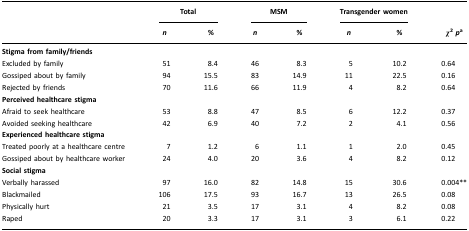
|  | <COLSPAN=2> Total | <COLSPAN=2> MSM | <COLSPAN=2> Transgender women |  |
 |  | n | % | n | % | n | % | χ2pa |
 | --- | --- | --- | --- | --- | --- | --- | --- |
 | Stigma from family/friends |  |  |  |  |  |  |  |
 | Excluded by family | 51 | 8.4 | 46 | 8.3 | 5 | 10.2 | 0.64 |
 | Gossiped about by family | 94 | 15.5 | 83 | 14.9 | 11 | 22.5 | 0.16 |
 | Rejected by friends | 70 | 11.6 | 66 | 11.9 | 4 | 8.2 | 0.64 |
 | Perceived healthcare stigma |  |  |  |  |  |  |  |
 | Afraid to seek healthcare | 53 | 8.8 | 47 | 8.5 | 6 | 12.2 | 0.37 |
 | Avoided seeking healthcare | 42 | 6.9 | 40 | 7.2 | 2 | 4.1 | 0.56 |
 | Experienced healthcare stigma |  |  |  |  |  |  |  |
 | Treated poorly at a healthcare centre | 7 | 1.2 | 6 | 1.1 | 1 | 2.0 | 0.45 |
 | Gossiped about by healthcare worker | 24 | 4.0 | 20 | 3.6 | 4 | 8.2 | 0.12 |
 | Social stigma |  |  |  |  |  |  |  |
 | Verbally harassed | 97 | 16.0 | 82 | 14.8 | 15 | 30.6 | 0.004** |
 | Blackmailed | 106 | 17.5 | 93 | 16.7 | 13 | 26.5 | 0.08 |
 | Physically hurt | 21 | 3.5 | 17 | 3.1 | 4 | 8.2 | 0.08 |
 | Raped | 20 | 3.3 | 17 | 3.1 | 3 | 6.1 | 0.22 |